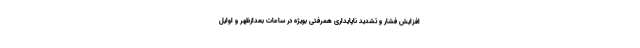
افزایش فشار و تشدید ناپایداری همرفتی بویژه در ساعات بعدازظهر و اوایل